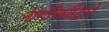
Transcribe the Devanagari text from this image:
नाणेनिधीद्वारे